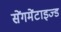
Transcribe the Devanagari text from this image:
सेंगमेंटाइज्ड